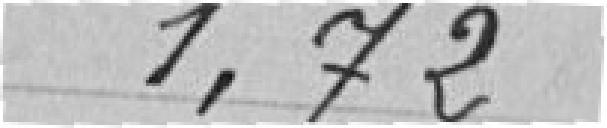
1,72